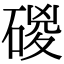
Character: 𥓻